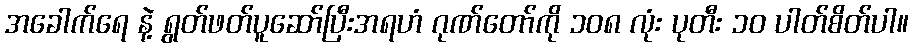
အခေါက်ရေ နဲ့ ရွတ်ဖတ်ပူဆော်ပြီးအရဟံ ဂုဏ်တော်ကို ၁၀၈ လုံး ပုတီး ၁၀ ပါတ်စိတ်ပါ။